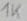
Text: 1K